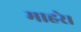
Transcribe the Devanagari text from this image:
माहरे।